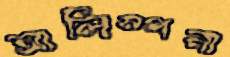
আলিম্পনা